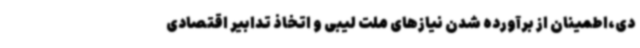
دی،اطمینان از برآورده شدن نیازهای ملت لیبی و اتخاذ تدابیر اقتصادی